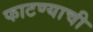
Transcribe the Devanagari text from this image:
फाटण्याची